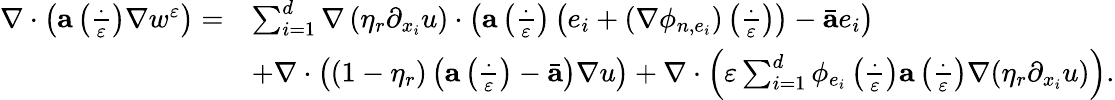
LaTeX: \begin{array}{rl}{\nabla\cdot\left(\mathbf{a}\left(\frac{\cdot}{\varepsilon}\right)\nabla w^{\varepsilon}\right)=}&{\sum_{i=1}^{d}\nabla\left(\eta_{r}\partial_{x_{i}}u\right)\cdot\left(\mathbf{a}\left(\frac{\cdot}{\varepsilon}\right)\left(e_{i}+(\nabla\phi_{n,e_{i}})\left(\frac{\cdot}{\varepsilon}\right)\right)-\bar{\mathbf{a}}e_{i}\right)}\\ &{+\nabla\cdot\left((1-\eta_{r})\left(\mathbf{a}\left(\frac{\cdot}{\varepsilon}\right)-\bar{\mathbf{a}}\right)\nabla u\right)+\nabla\cdot\left(\varepsilon\sum_{i=1}^{d}\phi_{e_{i}}\left(\frac{\cdot}{\varepsilon}\right)\mathbf{a}\left(\frac{\cdot}{\varepsilon}\right)\nabla(\eta_{r}\partial_{x_{i}}u)\right).}\end{array}